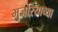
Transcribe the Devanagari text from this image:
भुजरियाच्या